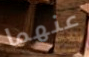
عنهما